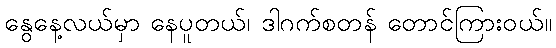
နွေနေ့လယ်မှာ နေပူတယ်၊ ဒါဂက်စတန် တောင်ကြားဝယ်။